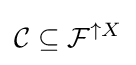
{\mathcal {C}}\subseteq {\mathcal {F}}^{\uparrow X}